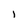
Character: 1